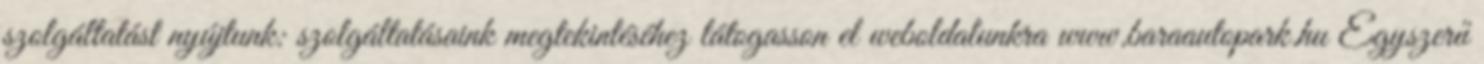
szolgáltatást nyújtunk: szolgáltatásaink megtekintéséhez látogasson el weboldalunkra www.baraautopark.hu Egyszerű